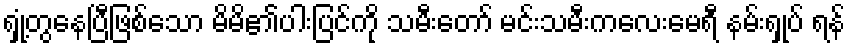
ရှုံ့တွနေပြီဖြစ်သော မိမိ၏ပါးပြင်ကို သမီးတော် မင်းသမီးကလေးမေရီ နမ်းရှုပ် ရန်